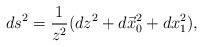
LaTeX: \begin{align*}ds^2={1\over z^2} (dz^2+ d\vec x_0^2+ dx_1^2),\end{align*}